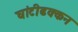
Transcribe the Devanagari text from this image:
घांटीढक्कन